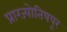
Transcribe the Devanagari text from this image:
प्राग्ज्योतिषपूर